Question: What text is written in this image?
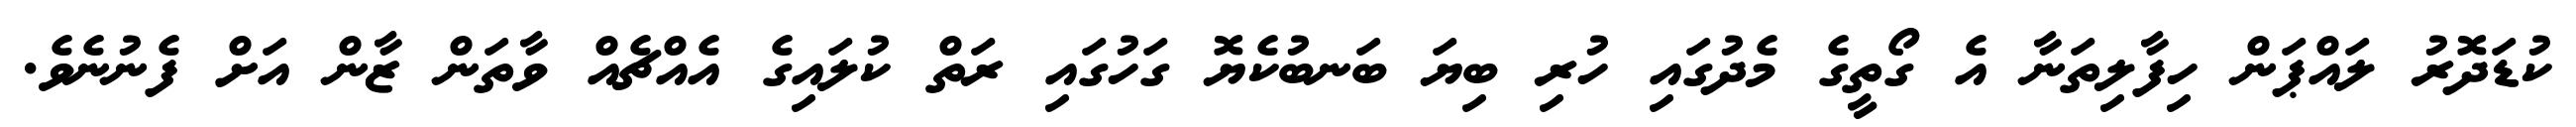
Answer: ކުޑަދޮރު ލައްޕަން ހިފާލިތަނާ އެ ގޯތީގެ މެދުގައި ހުރި ބިޔަ ބަނބުކެޔޮ ގަހުގައި ރަތް ކުލައިގެ އެއްޗެއް ވާތަން ޒާން އަށް ފެނުނެވެ.